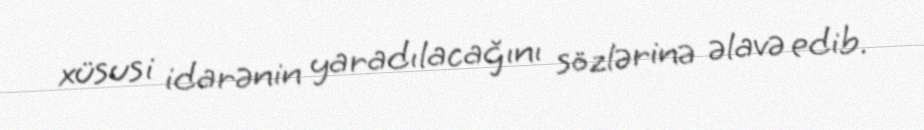
xüsusi idarənin yaradılacağını sözlərinə əlavə edib.